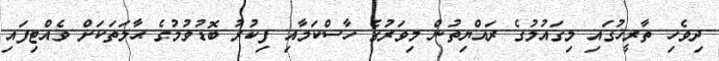
ދިވެހި ތާރީޚުގައި މިގައުމުގެ ރައްޔިތުން މިވަރުގެ ހާސްކަމާއި ފިކުރު ބޮޑުވުމުގެ ޙާލަތަކަށް ވެއްޓިފައި